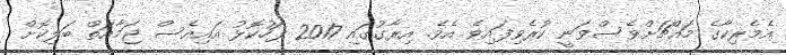
އެމެރިކާގެ މައްޗަށްވެސްވަނީ ކުރެވިފައިވެ އެވެ. އިރާގުގައި 2017 ފަހުކޮޅު އައިއެސް ޖަމާއަތް ބަލިކޮށް